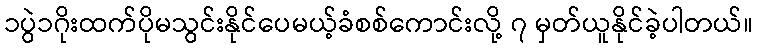
၁ပွဲ၁ဂိုးထက်ပိုမသွင်းနိုင်ပေမယ့်ခံစစ်ကောင်းလို့ ၇ မှတ်ယူနိုင်ခဲ့ပါတယ်။